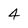
Character: 4